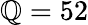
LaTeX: \mathbb{Q}=52